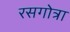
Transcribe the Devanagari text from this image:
रसगोत्रा